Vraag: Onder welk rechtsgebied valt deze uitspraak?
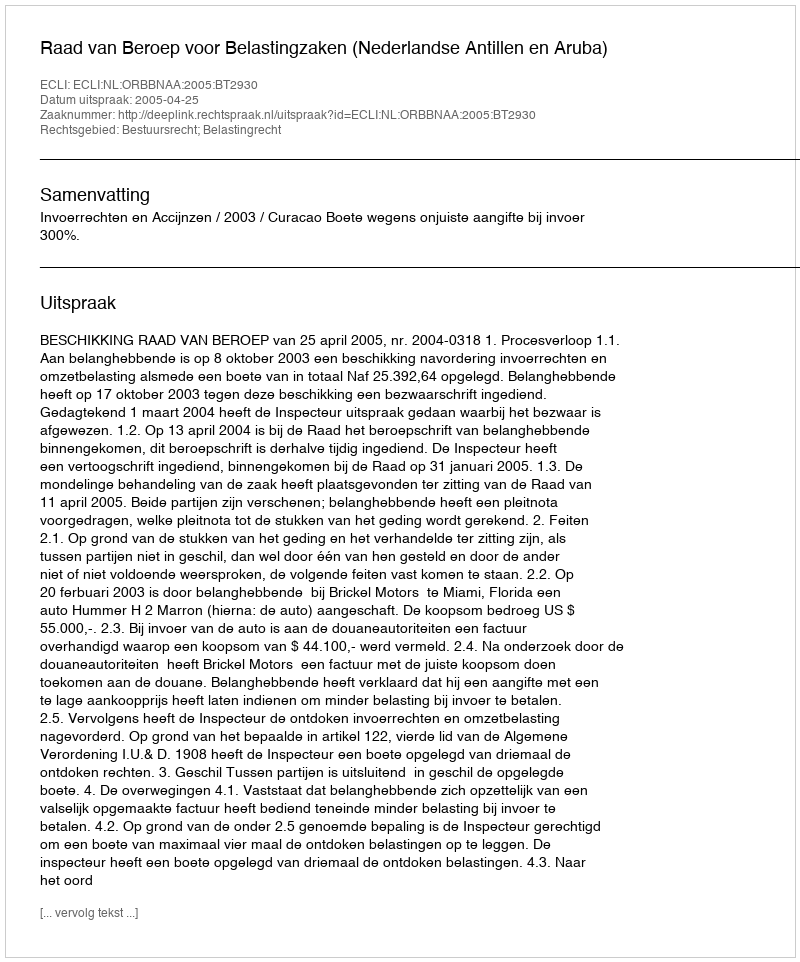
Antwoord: Bestuursrecht; Belastingrecht